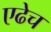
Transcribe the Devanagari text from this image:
एढेच